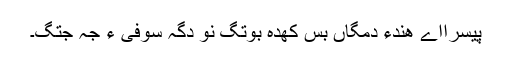
پیسرااے ھندءُُ دمگاں بس کھدہ بوتگ نو دگہ سوفی ءَ جہ جتگ۔